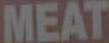
MEAT